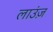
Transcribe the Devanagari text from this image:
लाउंज़